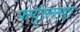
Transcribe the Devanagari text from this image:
फर्ग्युसनमधून